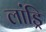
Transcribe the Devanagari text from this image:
लांड्रि